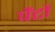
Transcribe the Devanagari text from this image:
पैंटों